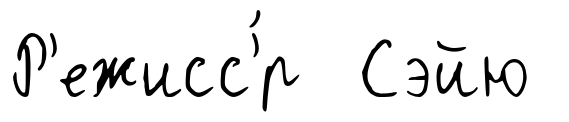
Р'ежисс'́р Сэйю